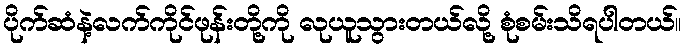
ပိုက်ဆံနဲ့လက်ကိုင်ဖုန်းတို့ကို လုယူသွားတယ်လို့ စုံစမ်းသိရပါတယ်။